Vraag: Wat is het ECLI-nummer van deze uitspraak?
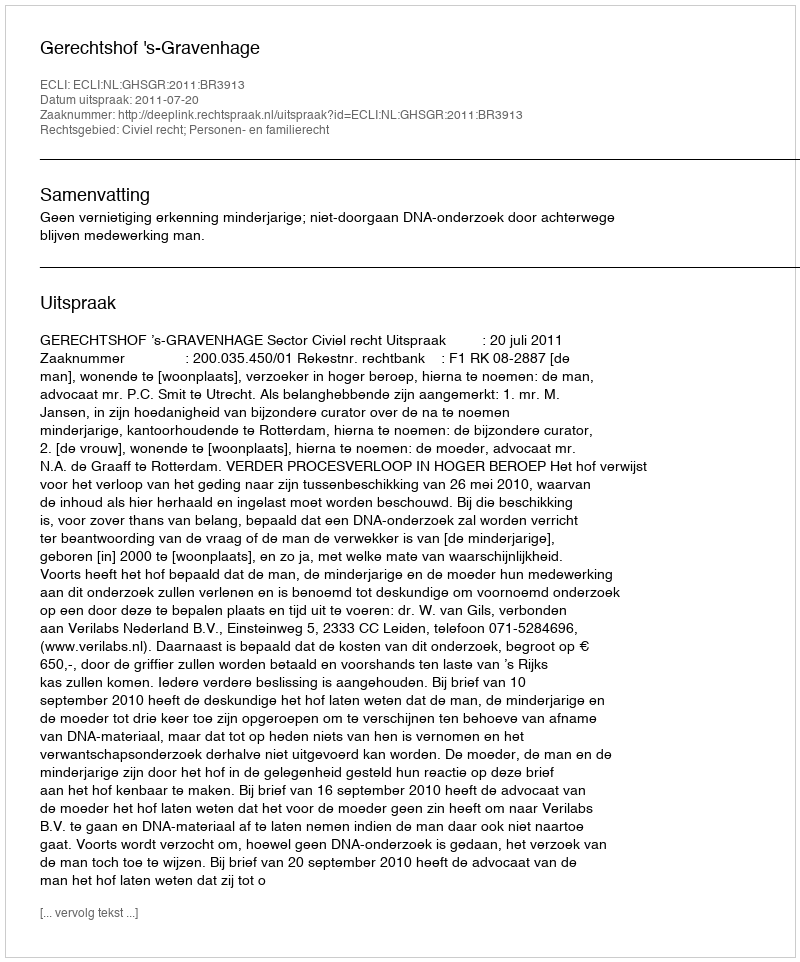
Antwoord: ECLI:NL:GHSGR:2011:BR3913